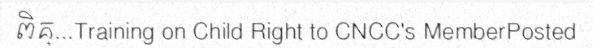
ពិគ្...Training on Child Right to CNCC's MemberPosted